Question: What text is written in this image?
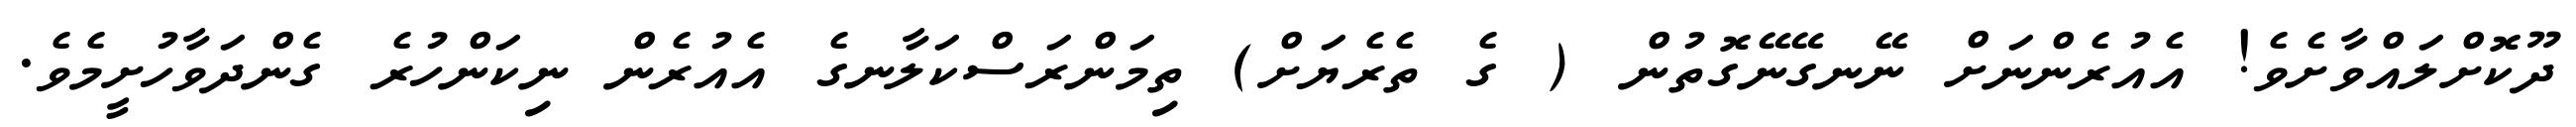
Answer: ދޫކޮށްލައްވާށެވެ! އެއުރެންނަށް ނޭނގޭނޭގޮތުން ( ގެ ތެރެޔަށް) ތިމަންރަސްކަލާނގެ އެއުރެން ނިކަންހުރެ ގެންދަވާހުށީމެވެ.